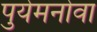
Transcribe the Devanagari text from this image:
पुयेमनोवा